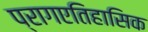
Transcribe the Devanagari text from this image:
प्रागएतिहासिक